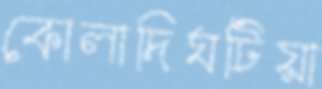
কোলাদিঘটিয়া